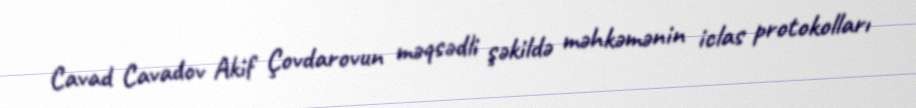
Cavad Cavadov Akif Çovdarovun məqsədli şəkildə məhkəmənin iclas protokolları